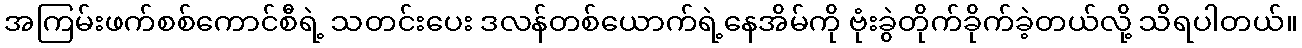
အကြမ်းဖက်စစ်ကောင်စီရဲ့ သတင်းပေး ဒလန်တစ်ယောက်ရဲ့နေအိမ်ကို ဗုံးခွဲတိုက်ခိုက်ခဲ့တယ်လို့ သိရပါတယ်။